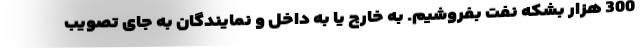
300 هزار بشکه نفت بفروشیم. به خارج یا به داخل و نمایندگان به جای تصویب